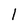
Character: l